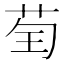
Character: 𦮱